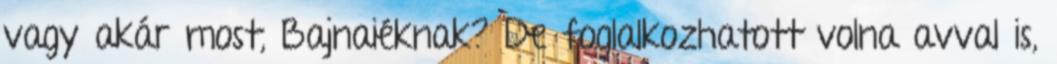
vagy akár most, Bajnaiéknak? De foglalkozhatott volna avval is,